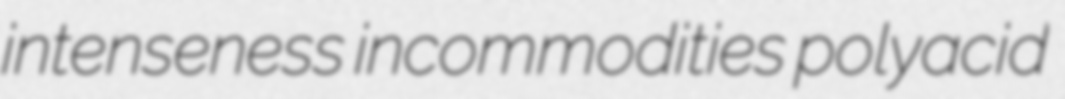
intenseness incommodities polyacid